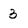
Character: 3